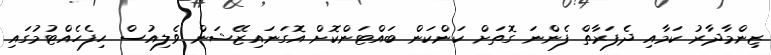
ޒިންމާދާރު ކަމާއި ދެފަރާތް ފެންނަ ގޮތަށް ކަންކަން ބައްޓަންކޮށް އޮގަނައިޒޭޝަން ވެލިއުސް ހިފެހެއްޓުމުގައި